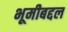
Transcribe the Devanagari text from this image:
भूमीबद्दल